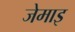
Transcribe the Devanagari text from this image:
जेमाइ